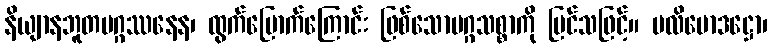
နိယျာနဘူတမဂ္ဂဿနေန၊ ထွက်မြောက်ကြောင်း ဖြစ်သောမဂ္ဂသစ္စာကို မြင်သဖြင့်။ ပလိဗောဒဋ္ဌော၊